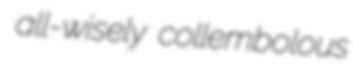
all-wisely collembolous